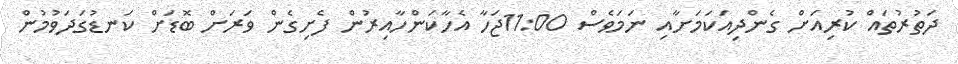
ދަތުރުތައް ކުރިއަށް ގެންދިއަކަމަށާއި ނަމަވެސް 11:00ޖަހާ އެހާކަންހާއިރުން ފެށިގެން ވަރަށް ބޮޑަށް ކަނޑުގަދަވުމުން